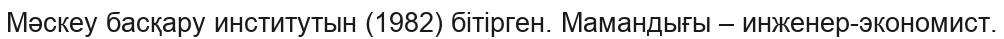
Мәскеу басқару институтын (1982) бітірген. Мамандығы – инженер-экономист.